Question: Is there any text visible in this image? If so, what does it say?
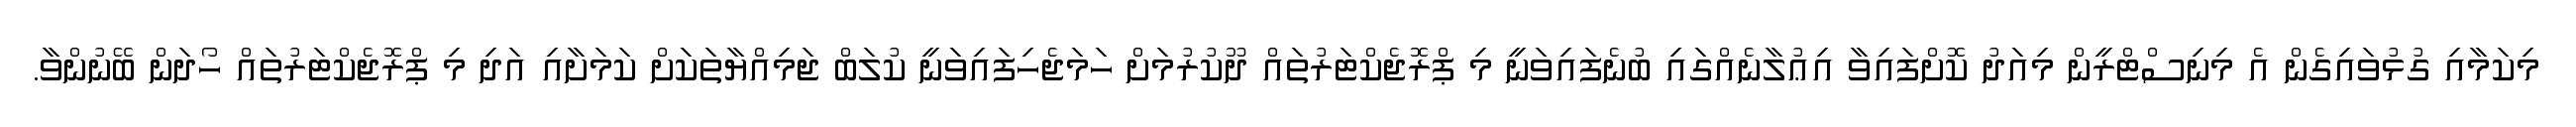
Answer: މިކަމާއި ގުޅުވައިގެން އެ މިނިސްޓްރީން މިއަދު ކޮށްފައިވާ އިޢުލާނެއްގައި ބުނެފައިވަނީ މި ޕްރޮޖެކްޓަރުތައް ދޫކުރުމަށް ހަމަޖެހިފައިވަނީ ކުލަބް ޖަމިއްޔާތަކަށް ކަމަށާއި އަދި މި ޕްރޮޖެކްޓަރުތައް ހޯދަން ބޭނުންވާ.